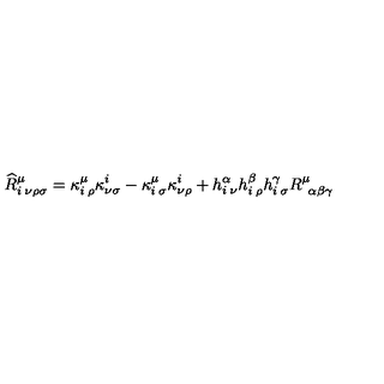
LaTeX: \widehat { R } _ { i \: \nu \rho \sigma } ^ { \mu } = \kappa _ { i \: \rho } ^ { \mu } \kappa _ { \nu \sigma } ^ { i } - \kappa _ { i \: \sigma } ^ { \mu } \kappa _ { \nu \rho } ^ { i } + h _ { i \: \nu } ^ { \alpha } h _ { i \: \rho } ^ { \beta } h _ { i \: \sigma } ^ { \gamma } R _ { \: \: \alpha \beta \gamma } ^ { \mu }